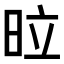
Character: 𭥩